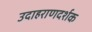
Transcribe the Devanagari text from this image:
उदाहराणदर्शक